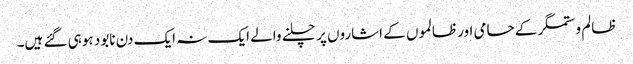
ظالم و ستمگر کے حامی اور ظالموں کے اشاروں پر چلنے والے ایک نہ ایک دن نابود ہوہی گئے ہیں۔